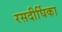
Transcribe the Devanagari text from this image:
रसदीर्घिका